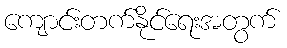
ကျောင်းတက်နိုင်ရေးအတွက်